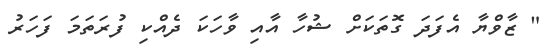
" ޒާވްޔާ އެފަދަ ގޮތަކަށް ޝުހާ އާއި ވާހަކަ ދެއްކި ފުރަތަމަ ފަހަރު